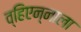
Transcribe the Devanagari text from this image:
व्हिएन्नाला